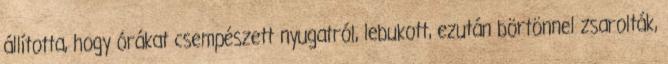
állította, hogy órákat csempészett nyugatról, lebukott, ezután börtönnel zsarolták,